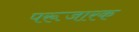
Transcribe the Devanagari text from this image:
परूजारक